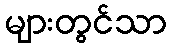
များတွင်သာ